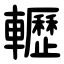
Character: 轣